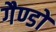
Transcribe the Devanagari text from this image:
गैण्डों